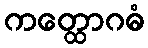
ကတ္ထောဂဓံ